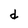
Character: d